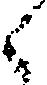
く